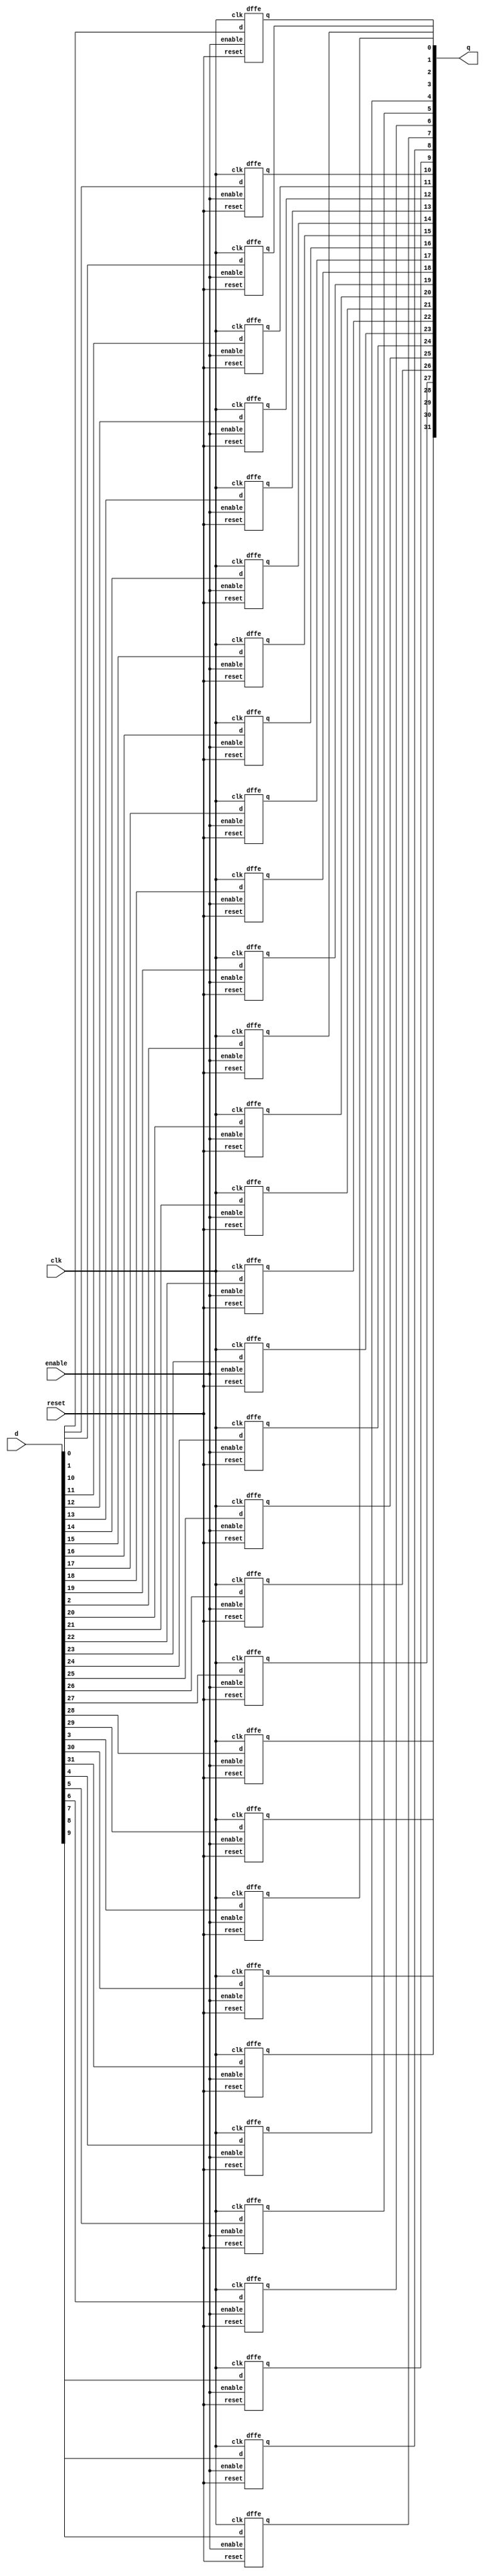
// register: A register which may be reset to an arbirary value
//
// q      (output) - Current value of register
// d      (input)  - Next value of register
// clk    (input)  - Clock (positive edge-sensitive)
// enable (input)  - Load new value? (yes = 1, no = 0)
// reset  (input)  - Asynchronous reset    (reset = 1)
//
module register(q, d, clk, enable, reset);

output [31:0] q;
input  [31:0] d;
input  clk, enable, reset;
dffe o0(q[0], d[0], clk, enable, reset);
dffe o1(q[1], d[1], clk, enable, reset);
dffe o2(q[2], d[2], clk, enable, reset);
dffe o3(q[3], d[3], clk, enable, reset);
dffe o4(q[4], d[4], clk, enable, reset);
dffe o5(q[5], d[5], clk, enable, reset);
dffe o6(q[6], d[6], clk, enable, reset);
dffe o7(q[7], d[7], clk, enable, reset);
dffe o8(q[8], d[8], clk, enable, reset);
dffe o9(q[9], d[9], clk, enable, reset);
dffe o10(q[10], d[10], clk, enable, reset);
dffe o11(q[11], d[11], clk, enable, reset);
dffe o12(q[12], d[12], clk, enable, reset);
dffe o13(q[13], d[13], clk, enable, reset);
dffe o14(q[14], d[14], clk, enable, reset);
dffe o15(q[15], d[15], clk, enable, reset);
dffe o16(q[16], d[16], clk, enable, reset);
dffe o17(q[17], d[17], clk, enable, reset);
dffe o18(q[18], d[18], clk, enable, reset);
dffe o19(q[19], d[19], clk, enable, reset);
dffe o20(q[20], d[20], clk, enable, reset);
dffe o21(q[21], d[21], clk, enable, reset);
dffe o22(q[22], d[22], clk, enable, reset);
dffe o23(q[23], d[23], clk, enable, reset);
dffe o24(q[24], d[24], clk, enable, reset);
dffe o25(q[25], d[25], clk, enable, reset);
dffe o26(q[26], d[26], clk, enable, reset);
dffe o27(q[27], d[27], clk, enable, reset);
dffe o28(q[28], d[28], clk, enable, reset);
dffe o29(q[29], d[29], clk, enable, reset);
dffe o30(q[30], d[30], clk, enable, reset);
dffe o31(q[31], d[31], clk, enable, reset);
//  Your implementation goes here

endmodule // register



// dffe: D-type flip-flop with enable
//
// q      (output) - Current value of flip flop
// d      (input)  - Next value of flip flop
// clk    (input)  - Clock (positive edge-sensitive)
// enable (input)  - Load new value? (yes = 1, no = 0)
// reset  (input)  - Asynchronous reset   (reset =  1)
//
module dffe(q, d, clk, enable, reset);
output q;
reg    q;
input  d;
input  clk, enable, reset;

always@(reset)
if (reset == 1'b1)
q <= 0;

always@(posedge clk)
if ((reset == 1'b0) && (enable == 1'b1))
q <= d;
endmodule // dffe